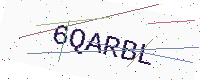
Text: 6QARBL